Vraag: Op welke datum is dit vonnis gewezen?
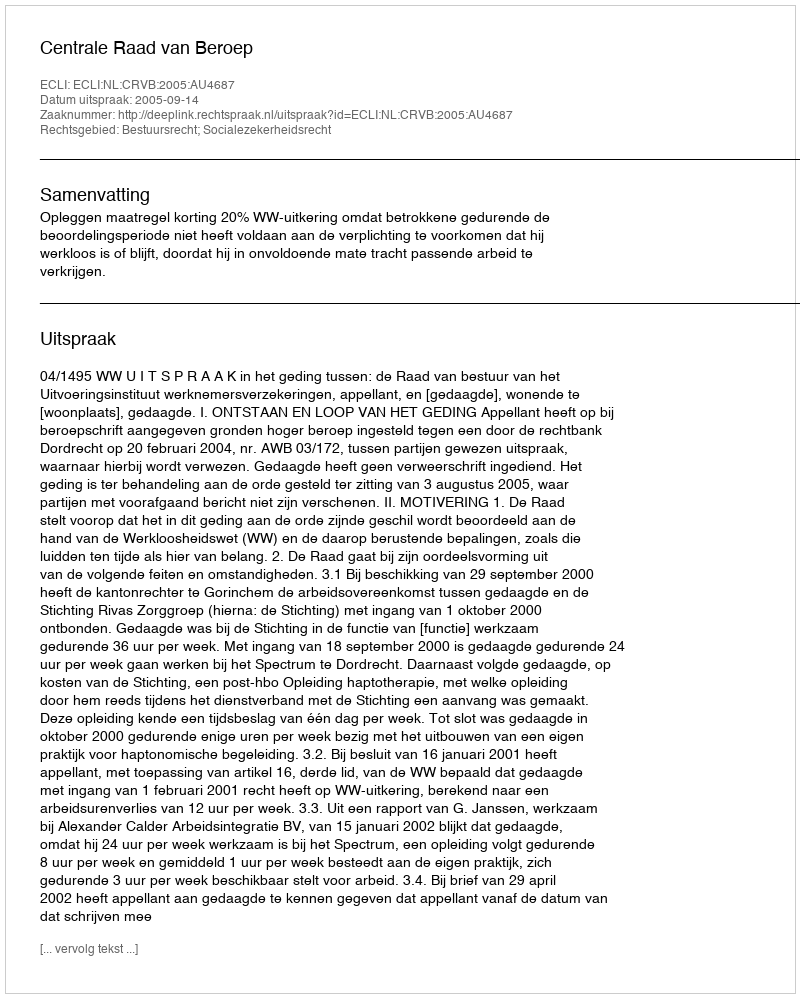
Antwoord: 2005-09-14